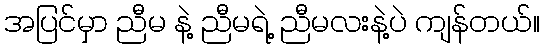
အပြင်မှာ ညီမ နဲ့ ညီမရဲ့ ညီမလးနဲ့ပဲ ကျန်တယ်။